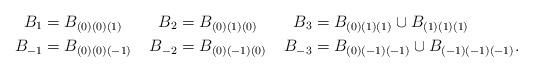
LaTeX: \begin{align*}B_1&=B_{(0)(0)(1)} & B_2&=B_{(0)(1)(0)} & B_3&=B_{(0)(1)(1)}\cup B_{(1)(1)(1)}\\B_{-1}&=B_{(0)(0)(-1)} & B_{-2}&=B_{(0)(-1)(0)} & B_{-3}&=B_{(0)(-1)(-1)}\cup B_{(-1)(-1)(-1)}.\end{align*}